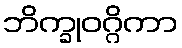
ဘိက္ခုဝဂ္ဂိကာ